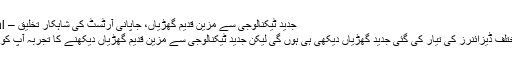
جدید ٹیکنالوجی سے مزین قدیم گھڑیاں، جاپانی آرٹسٹ کی شاہکار تخلیق – NawaiChitral
یوں تو آپ نے مختلف ڈیزائنرز کی تیار کی گئی جدید گھڑیاں دیکھی ہی ہوں گی لیکن جدید ٹیکنالوجی سے مزین قدیم گھڑیاں دیکھنے کا تجربہ آپ کو شاید ہی ہوا ہوگا۔